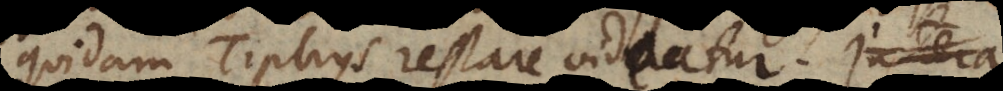
quidem Tiphys restare videatur. Accensam